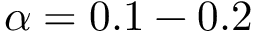
\alpha = 0 . 1 - 0 . 2